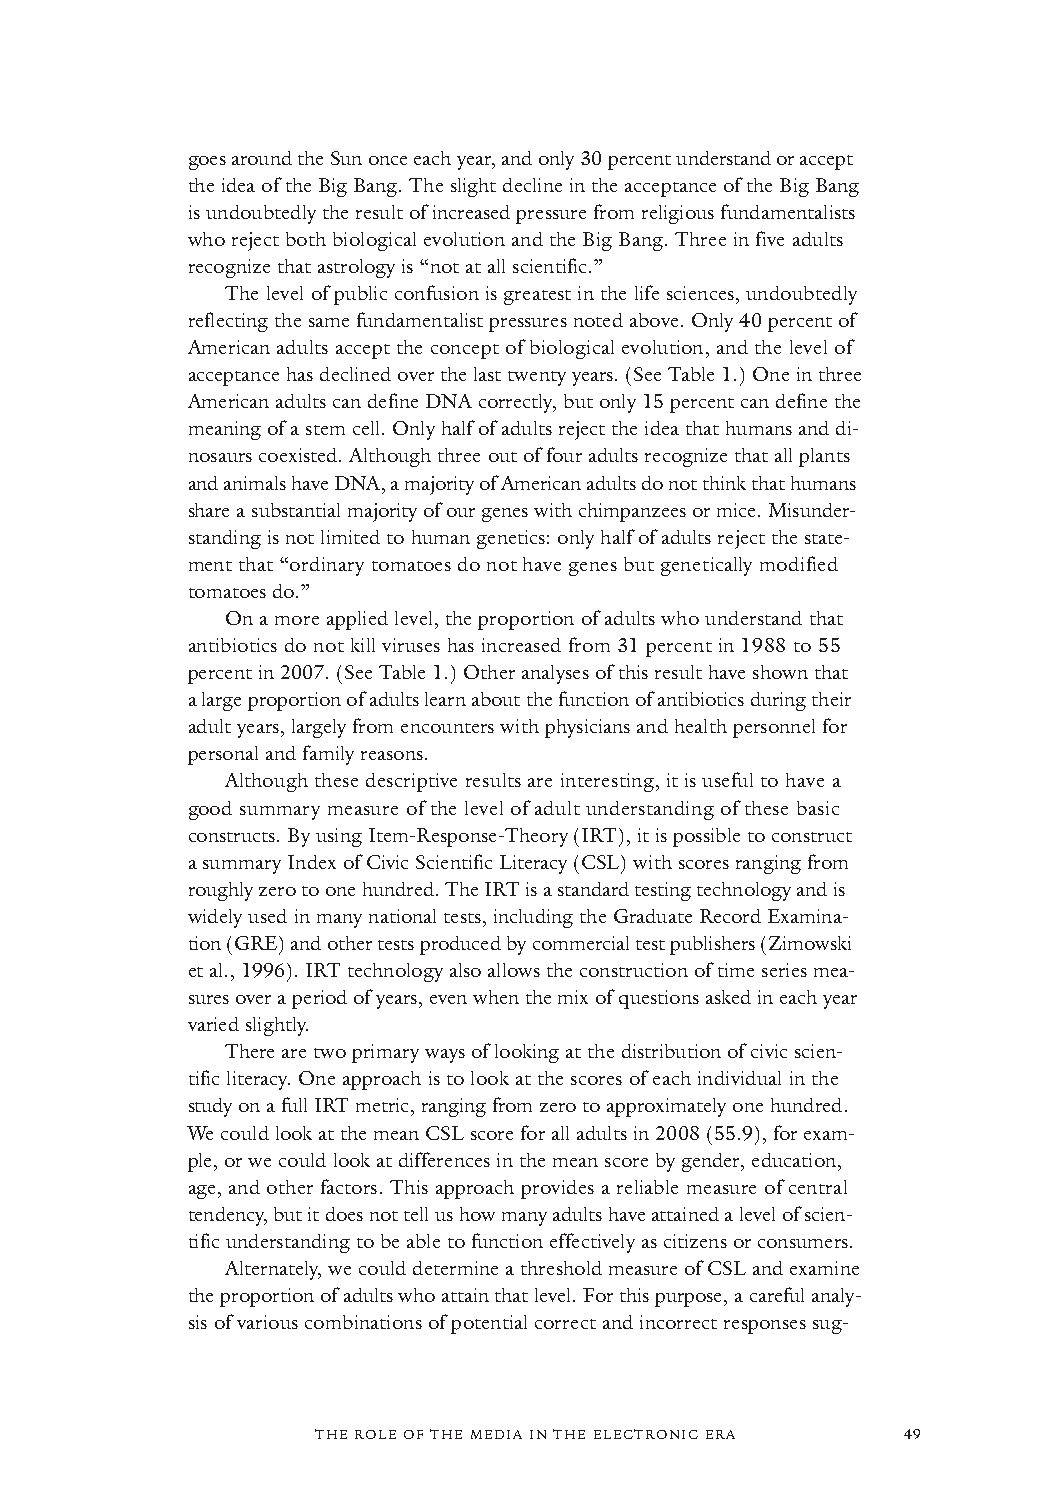
goes around the Sun once each year,and only 30 percent understand or accept
 the idea of the Big Bang. The slight decline in the acceptance of the Big Bang
 is undoubtedly the result of increased pressure from religious fundamentalists
 who reject both biological evolution and the Big Bang. Three in five adults
 recognize that astrology is “not at all scientific.”
 The level of public confusion is greatest in the life sciences, undoubtedly
 reflecting the same fundamentalist pressures noted above. Only 40 percent of
 American adults accept the concept of biological evolution,and the level of
 acceptance has declined over the last twentyyears. (See Table 1.) One in three
 American adults can define DNA correctly, but only 15 percent can define the
 meaning of a stem cell. Only half of adults reject the idea that humans and di-
 nosaurs coexisted. Although three out of four adults recognize that all plants
 and animals have DNA, a majority of American adults do not think that humans
 share a substantial majority of our genes with chimpanzees or mice. Misunder-
 standing is not limited to human genetics: only half of adults reject the state-
 ment that “ordinary tomatoes do not have genes but genetically modified
 tomatoes do.”
 On a more applied level, the proportion of adults who understand that
 antibiotics do not kill viruses has increased from 31 percent in 1988 to 55
 percent in 2007. (See Table 1.) Other analyses of this result have shown that
 a large proportion of adults learn about the function of antibiotics during their
 adult years, largely from encounters with physicians and health personnel for
 personal and family reasons.
 Although these descriptive results are interesting, it is useful to have a
 good summary measure of the level of adult understanding of these basic
 constructs. By using Item-Response-Theory (IRT), it is possible to construct
 a summary Index of Civic Scientific Literacy (CSL) with scores ranging from
 roughly zero to one hundred. The IRT is a standard testing technology and is
 widely used in many national tests, including the Graduate Record Examina-
 tion (GRE) and other tests produced by commercial test publishers (Zimowski
 etal., 1996). IRT technology also allows the construction of time series mea-
 sures over a period of years, even when the mix of questions asked in each year
 varied slightly.
 There are two primary ways of looking at the distribution of civic scien-
 tific literacy. One approach is to look at the scores of each individual in the
 study on a full IRT metric, ranging from zero to approximately one hundred.
 We could look at the mean CSL score for all adults in 2008(55.9), for exam-
 ple, or we could look at differences in the mean score by gender, education,
 age,and other factors. This approach provides a reliable measure of central
 tendency, but it does not tell us how many adults have attained a level of scien-
 tific understanding to be able to function effectively as citizens or consumers.
 Alternately, we could determine a threshold measure of CSL and examine
 the proportion of adults who attain that level. For this purpose, a careful analy-
 sis of various combinations of potential correct and incorrect responses sug-
 THE ROLE OF THE MEDIA IN THE ELECTRONIC ERA 49